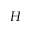
H